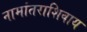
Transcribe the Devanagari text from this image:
नामांतराशिवाय